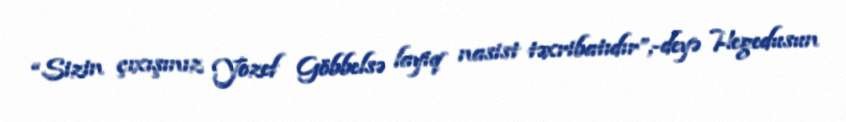
“Sizin çıxışınız Yozef Göbbelsə layiq nasist təxribatıdır”,-deyə Hegedusun